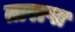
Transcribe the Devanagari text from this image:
तारापा